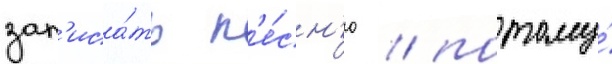
зап'иса́ть п'е́сн'ю / потому́